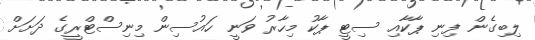
ލިބިގެން ފިނި ޕާކާއި ސިޓީ ޕާކު މިހާރު ވަނީ ހައުސިން މިނިސްޓްރީގެ ދަށަށް